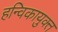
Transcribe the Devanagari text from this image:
हन्विकायुक्त